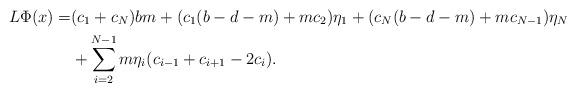
LaTeX: \begin{align*}L\Phi(x)=& (c_1+c_N)bm+(c_1(b-d-m)+m c_2)\eta_1 +(c_N(b-d-m)+mc_{N-1})\eta_{N}\\ &+ \sum_{i=2}^{N-1} m \eta_i (c_{i-1}+c_{i+1}-2c_i).\end{align*}